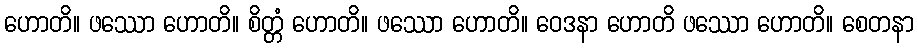
ဟောတိ။ ဖဿော ဟောတိ။ စိတ္တံ ဟောတိ။ ဖဿော ဟောတိ။ ဝေဒနာ ဟောတိ ဖဿော ဟောတိ။ စေတနာ